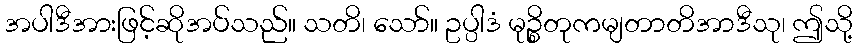
အပါဒီအားဖြင့်ဆိုအပ်သည်။ သတိ၊ သော်။ ဥပ္ပါဒံ မုဉ္စိတုကမျတာတိအာဒီသု၊ ဤသို့